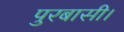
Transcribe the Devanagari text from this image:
पुरबासी।